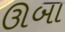
ઊબા